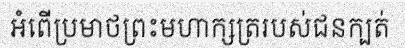
អំពើប្រមាថព្រះមហាក្សត្ររបស់ជនក្បត់